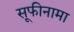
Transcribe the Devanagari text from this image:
सूफीनामा